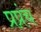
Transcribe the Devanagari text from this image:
प्रप्रंच